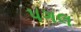
પગલ